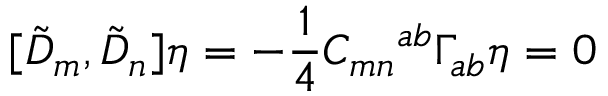
[ { \tilde { D } } _ { m } , { \tilde { D } } _ { n } ] \eta = - \frac { 1 } { 4 } C _ { m n } { } ^ { a b } \Gamma _ { a b } \eta = 0